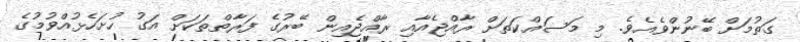
ގަތުމަށް ބޭނުންވެއެވެ. މި މަސައްކަތަށް ރާއްޖެއާއި ރާއްޖެއިން ބޭރުގެ ފަރާތްތަކަށް އަގު ހުށަހެޅުއްވުމުގެ